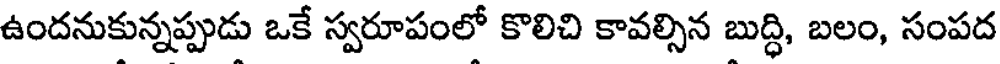
ఉందనుకున్నప్పుడు ఒకే స్వరూపంలో కొలిచి కావల్సిన బుద్ధి, బలం, సంపద